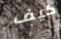
كيف